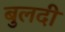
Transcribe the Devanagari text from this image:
बुलदी